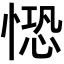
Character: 𢟈